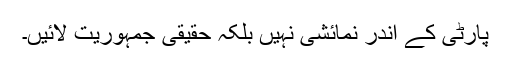
پارٹی کے اندر نمائشی نہیں بلکہ حقیقی جمہوریت لائیں۔